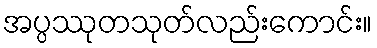
အပ္ပဿုတသုတ်လည်းကောင်း။